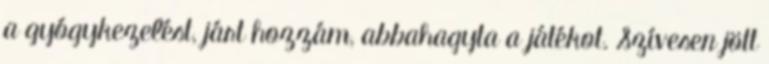
a gyógykezelést, járt hozzám, abbahagyta a játékot. Szívesen jött